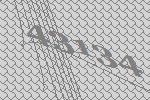
43134